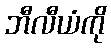
ဘီလီယံကို